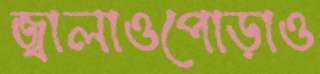
জ্বালাওপোড়াও